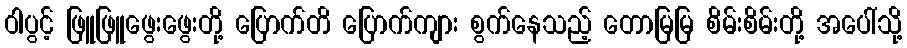
ဝါပွင့် ဖြူဖြူဖွေးဖွေးတို့ ပြောက်တိ ပြောက်ကျား စွက်နေသည့် တောမြမြ စိမ်းစိမ်းတို့ အပေါ်သို့